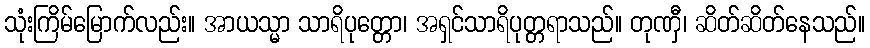
သုံးကြိမ်မြောက်လည်း။ အာယသ္မာ သာရိပုတ္တော၊ အရှင်သာရိပုတ္တရာသည်။ တုဏှီ၊ ဆိတ်ဆိတ်နေသည်။